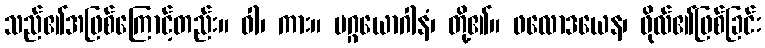
သည်၏အဖြစ်ကြောင့်တည်း။ ဝါ၊ ကား။ မဂ္ဂယောဂါနံ၊ တို့၏။ ဖလောဒယေန၊ ဖိုလ်၏ဖြစ်ခြင်း